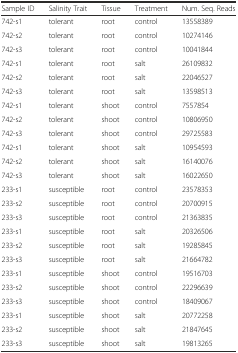
| Sample ID | Salinity Trait | Tissue | Treatment | Num. Seq. Reads |
 | --- | --- | --- | --- | --- |
 | 742-s1 | tolerant | root | control | 13558389 |
 | 742-s2 | tolerant | root | control | 10274146 |
 | 742-s3 | tolerant | root | control | 10041844 |
 | 742-s1 | tolerant | root | salt | 26109832 |
 | 742-s2 | tolerant | root | salt | 22046527 |
 | 742-s3 | tolerant | root | salt | 13598513 |
 | 742-s1 | tolerant | shoot | control | 7557854 |
 | 742-s2 | tolerant | shoot | control | 10806950 |
 | 742-s3 | tolerant | shoot | control | 29725583 |
 | 742-s1 | tolerant | shoot | salt | 10954593 |
 | 742-s2 | tolerant | shoot | salt | 16140076 |
 | 742-s3 | tolerant | shoot | salt | 16022650 |
 | 233-s1 | susceptible | root | control | 23578353 |
 | 233-s2 | susceptible | root | control | 20700915 |
 | 233-s3 | susceptible | root | control | 21363835 |
 | 233-s1 | susceptible | root | salt | 20326506 |
 | 233-s2 | susceptible | root | salt | 19285845 |
 | 233-s3 | susceptible | root | salt | 21664782 |
 | 233-s1 | susceptible | shoot | control | 19516703 |
 | 233-s2 | susceptible | shoot | control | 22296639 |
 | 233-s3 | susceptible | shoot | control | 18409067 |
 | 233-s1 | susceptible | shoot | salt | 20772258 |
 | 233-s2 | susceptible | shoot | salt | 21847645 |
 | 233-s3 | susceptible | shoot | salt | 19813265 |